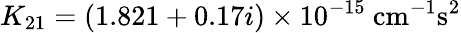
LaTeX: K_{21}=(1.821+0.17i)\times 10^{-15}~\mathrm{cm^{-1}s^{2}}